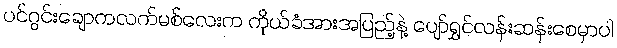
ပင်ဂွင်းချောကလက်မစ်လေးက ကိုယ်ခံအားအပြည့်နဲ့ ပျော်ရွှင်လန်းဆန်းစေမှာပါ